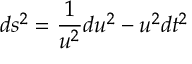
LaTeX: d s ^ { 2 } = \frac { 1 } { u ^ { 2 } } d u ^ { 2 } - u ^ { 2 } d t ^ { 2 }